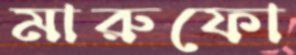
মারুফো